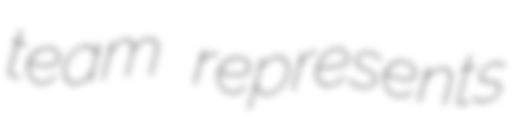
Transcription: team represents